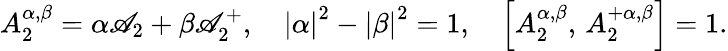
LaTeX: A_{2}^{\alpha,\beta}=\alpha\mathscr{A}_{2}+\beta\mathscr{A}_{2}^{+},\quad\left|\alpha\right|^{2}-\left|\beta\right|^{2}=1,\quad\left[A_{2}^{\alpha,\beta},\, A_{2}^{+\alpha,\beta}\right]=1.